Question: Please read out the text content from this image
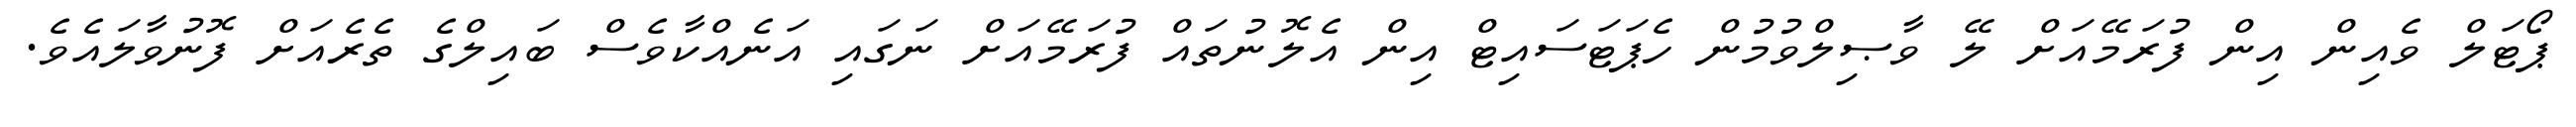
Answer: ޕޯޓަލް ވެއިން އިން ފުރަމޭއަށް ލޭ ވާޞިލްވުމުން ހެޕަޓަސައިޓް އިން އެލޮނުތައް ފުރަމޭއަށް ނަގައި އަނެއްކާވެސް ބައިލްގެ ތެރެއަށް ފޮނުވާލައެވެ.